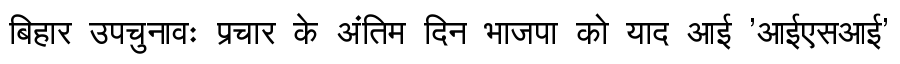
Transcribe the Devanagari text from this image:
बिहार उपचुनावः प्रचार के अंतिम दिन भाजपा को याद आई 'आईएसआई'